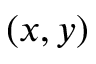
( x , y )